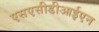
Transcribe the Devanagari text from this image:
एसएसीडीआईएन